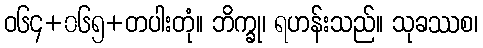
ဝ၆၄+၀၆၅+တပါးတုံ။ ဘိက္ခု၊ ရဟန်းသည်။ သုခဿစ၊